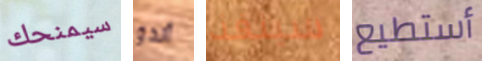
سيمنحك ألدو سينفذ أستطيع